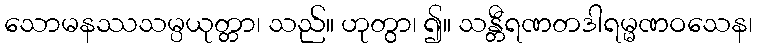
သောမနဿသမ္ပယုတ္တာ၊ သည်။ ဟုတွာ၊ ၍။ သန္တီရဏတဒါရမ္မဏဝသေန၊